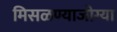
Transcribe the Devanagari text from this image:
मिसळण्याजोग्या